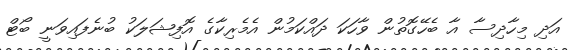
އަދި މިހާދިސާ އާ ބެހޭގޮތުން ވާހަކަ ދައްކަމުން އެމެރިކާގެ އޮފިޝަލަކު ބުނެފައިވަނީ ބޯޓް